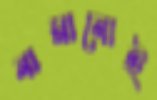
নামানোই